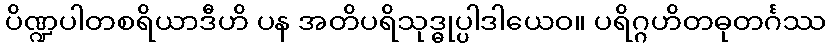
ပိဏ္ဍပါတစရိယာဒီဟိ ပန အတိပရိသုဒ္ဓုပ္ပါဒါယေဝ။ ပရိဂ္ဂဟိတဓုတင်္ဂဿ